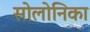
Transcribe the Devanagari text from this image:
सोलोनिका